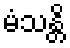
မံသန္တိ